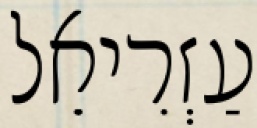
עַזְרִיאֵל